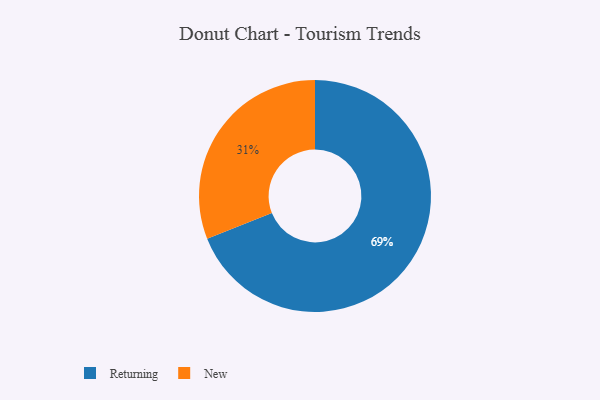
{"axis": {"x": "Category", "y": "Percentage"}, "legend": ["New", "Returning"], "data": [{"x": "Returning", "y": 69, "type": "Returning"}, {"x": "New", "y": 31, "type": "New"}]}